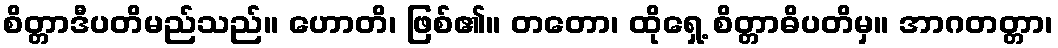
စိတ္တာဒီပတိမည်သည်။ ဟောတိ၊ ဖြစ်၏။ တတော၊ ထိုရှေ့ စိတ္တာဓိပတိမှ။ အာဂတတ္တာ၊